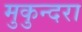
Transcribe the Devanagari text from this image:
मुकुन्दरा